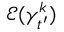
\mathcal { E } ( \gamma _ { t ^ { \prime } } ^ { k } )